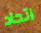
اتحاد